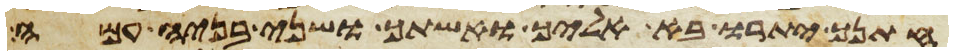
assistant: חתנך יתרו בא אליך ואשתך ושני בניה עמה